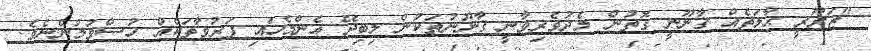
"ޒަރޫރީ ޙާލަތެއް ޤާނޫނީ ގޮތުން މެދުވެރިވާނީ ޤާނޫނުތަކުން ލިބިދޭ އެންމެހައި ފަރުވާތަކެއް ހުސްވުމުންނެވެ.